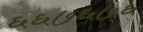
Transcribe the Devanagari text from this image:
६६७६७६